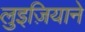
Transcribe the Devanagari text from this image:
लुइज़ियाने